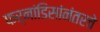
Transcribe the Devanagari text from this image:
फर्नांडिसांनंतरचे